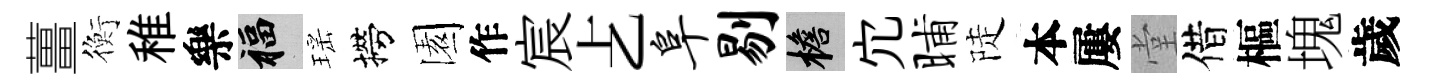
薑衡稚樂福瑶撈園作宸𠧒阜剔檐宂晡陡本屢堂借樞塊歲